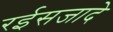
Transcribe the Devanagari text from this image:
रईसजादे